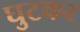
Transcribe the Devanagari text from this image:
घुटकर